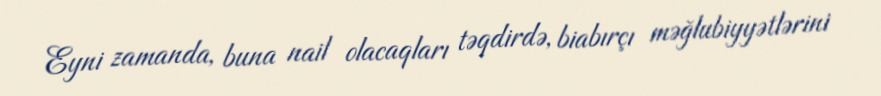
Eyni zamanda, buna nail olacaqları təqdirdə, biabırçı məğlubiyyətlərini